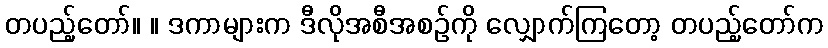
တပည့်တော်။ ။ ဒကာများက ဒီလိုအစီအစဉ်ကို လျှောက်ကြတော့ တပည့်တော်က